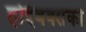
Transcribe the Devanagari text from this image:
होईबक्सेको